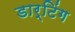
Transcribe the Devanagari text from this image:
डार्टिंग